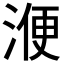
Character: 𣸇